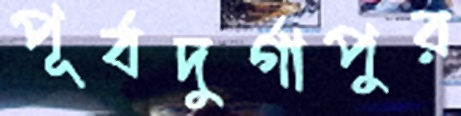
পূর্বদুর্গাপুর